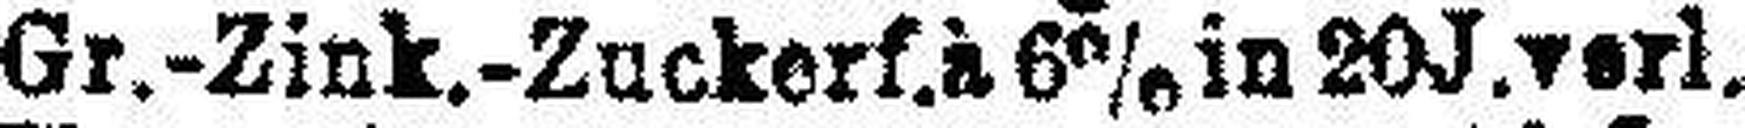
Gr.-Zink.-Zuckerf.à 6% in 20J.verl.